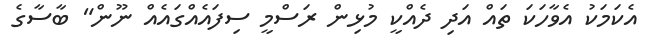
އެކަމަކު އެވާހަކަ ތައް އަދި ދެއްކީ މުޅިން ރަސްމީ ސިފައެއްގައެއް ނޫން" ބާސާގެ